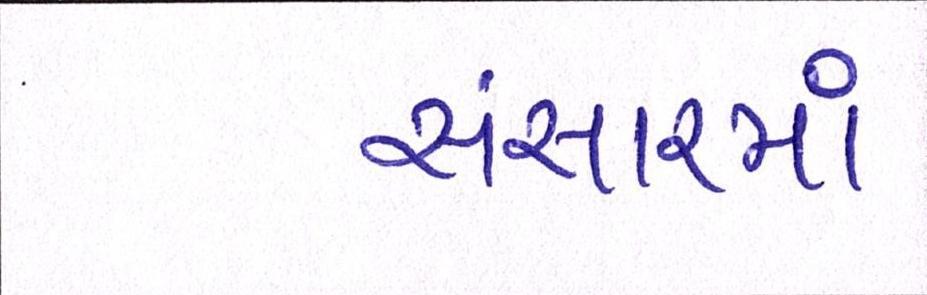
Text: સંસારમાં